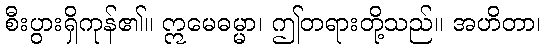
စီးပွားရှိကုန်၏။ ဣမေဓမ္မာ၊ ဤတရားတို့သည်။ အဟိတာ၊